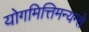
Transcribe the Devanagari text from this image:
योगमित्तिमन्यन्ते